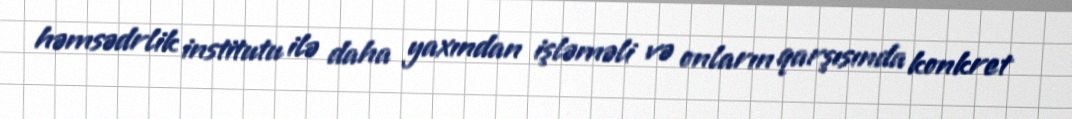
həmsədrlik institutu ilə daha yaxından işləməli və onların qarşısında konkret